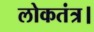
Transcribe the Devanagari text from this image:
लोकतंत्र।